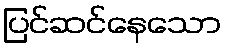
ပြင်ဆင်နေသော